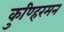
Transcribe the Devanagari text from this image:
कुण्हिरमन